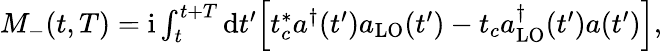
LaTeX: \begin{array}{r}{M_{-}(t,T)=\mathrm{i}\int_{t}^{t+T}\textrm{d}t^{\prime}\Bigl[t_{c}^{*}a^{\dagger}(t^{\prime})a_{\mathrm{LO}}(t^{\prime})-t_{c}a_{\mathrm{LO}}^{\dagger}(t^{\prime})a(t^{\prime})\Bigr],}\end{array}